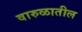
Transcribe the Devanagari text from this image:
वारुळातील